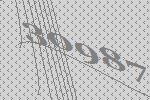
30987